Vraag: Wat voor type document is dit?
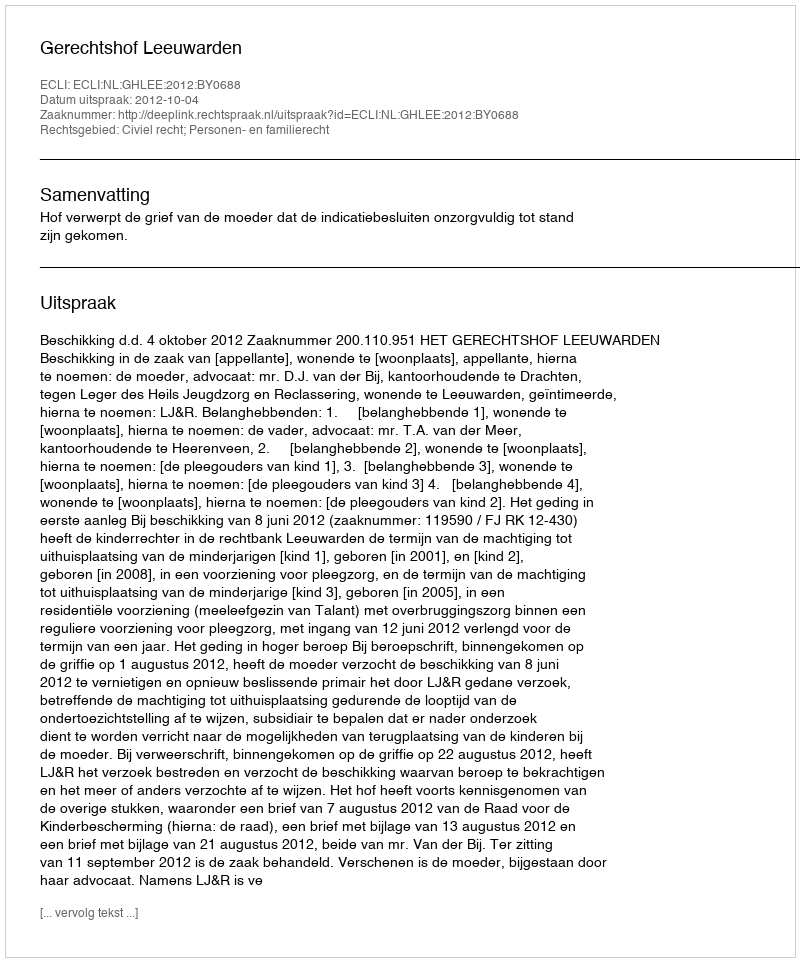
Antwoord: Uitspraak